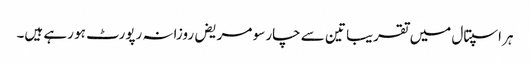
ہر اسپتال میں تقریبا تین سے چار سو مریض روزانہ رپورٹ ہو رہے ہیں۔